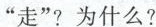
“走”?为什么?